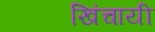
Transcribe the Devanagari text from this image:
खिंचायी